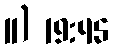
11) 19:45